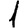
Digit: 1